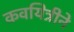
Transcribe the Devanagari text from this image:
कवयित्रीने